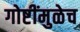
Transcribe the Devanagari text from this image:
गोष्टींमुळेच